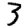
Digit: 3